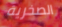
الصخرية